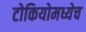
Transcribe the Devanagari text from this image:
टोकियोमध्येच